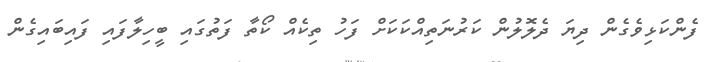
ފެންކަޅިވެގެން ދިޔަ ދެލޮލުން ކަރުނަތިއްކަކަށް ފަހު ތިކެއް ކޯތާ ފަތުގައި ބީހިލާފައި ފައިބައިގެން